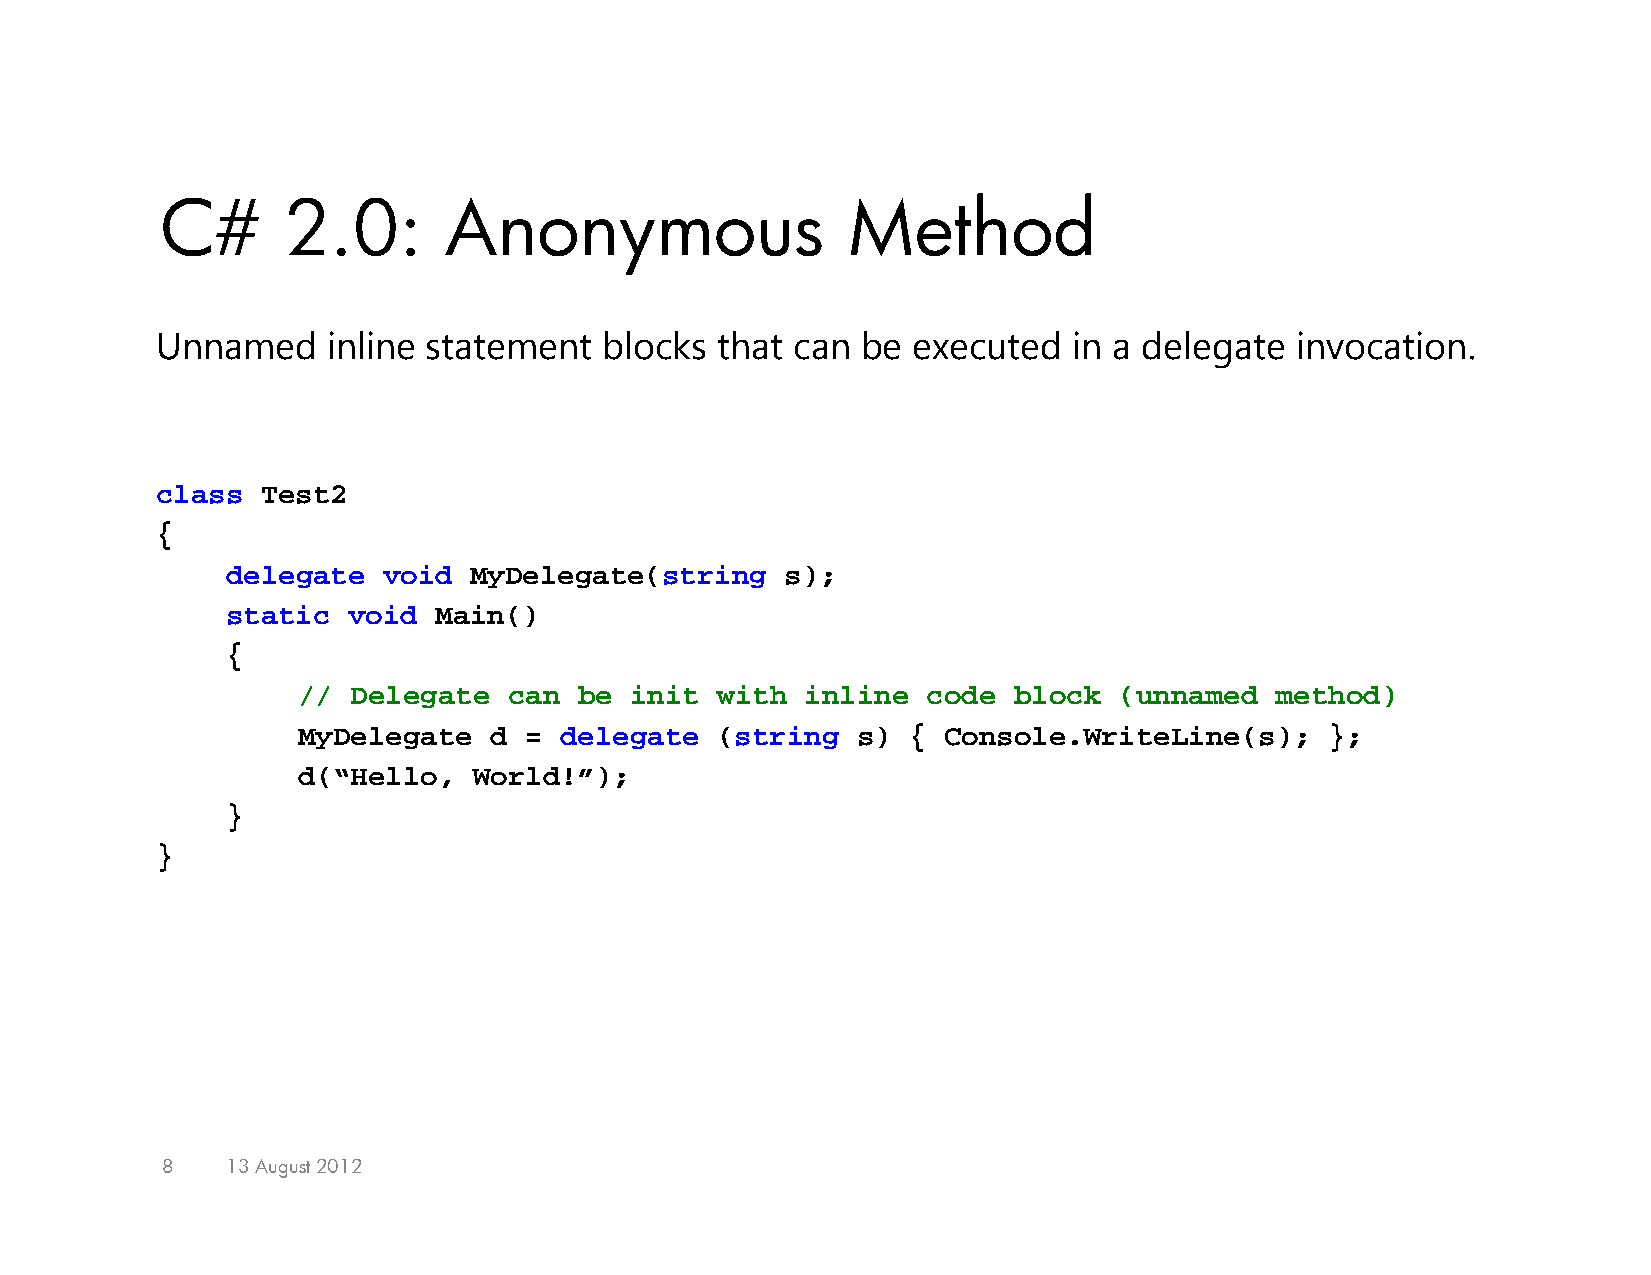
C#      2.0:      Anonymous                  Method
 Unnamed     inline statement  blocks that  can be executed   in a delegate  invocation.
 class  Test2
 {
 delegate  void  MyDelegate(string    s);
 static  void  Main()
 {
 // Delegate   can be  init with  inline  code  block  (unnamed  method)
 MyDelegate  d  = delegate  (string   s) { Console.WriteLine(s);     };
 d(“Hello,  World!”);
 }
 }
 8   13 August 2012